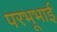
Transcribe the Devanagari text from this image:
परभूभाई